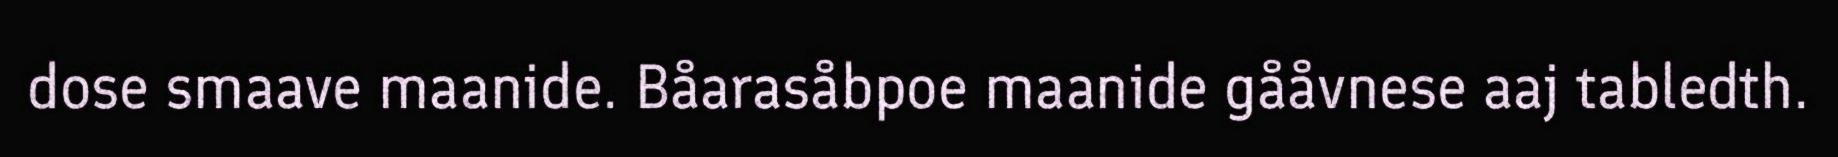
dose smaave maanide. Båarasåbpoe maanide gååvnese aaj tabledth.